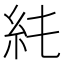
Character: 𥾑